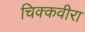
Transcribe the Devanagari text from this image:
चिक्कवीरा